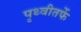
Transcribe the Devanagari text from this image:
पृथ्वीतर्फे